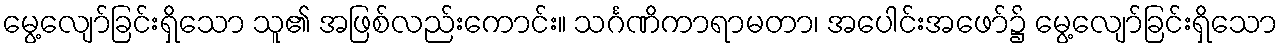
မွေ့လျော်ခြင်းရှိသော သူ၏ အဖြစ်လည်းကောင်း။ သင်္ဂဏိကာရာမတာ၊ အပေါင်းအဖော်၌ မွေ့လျော်ခြင်းရှိသော